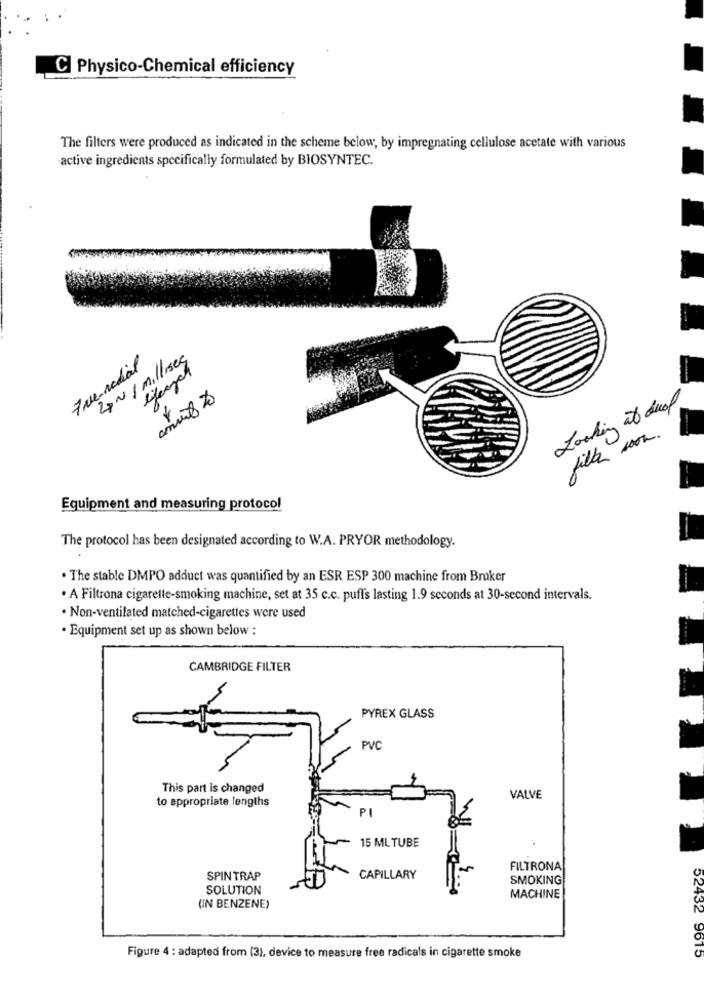
C Physico-Chemical efficiency
The filters were produced as indicated in the scheme below, by impregnating cellulose acetate with various
active ingredients specifically formulated by BIOSYNTEC.
7 rue-radial
4N1 millises
Looking at Suof.
fill son.
Equipment and measuring protocol
The protocol has been designated according to W.A. PRYOR methodology.
. The stable DMPO adduct was quantified by an ESR ESP 300 machine from Bruker
· A Filtrona cigarette-smoking machine, set at 35 c.c. puff's lasting 1.9 seconds at 30-second intervals.
· Non-ventilated matched-cigarettes were used
. Equipment set up as shown below :
CAMBRIDGE FILTER
PYREX GLASS
PVC
This part is changed
to appropriate lengths
VALVE
PI
15 ML TUBE
FILTRONA
SPIN TRAP
CAPILLARY
SMOKING
SOLUTION
MACHINE
(IN BENZENE)
Figure 4 : adapted from (3), device to measure free radicals in cigarette smoke
52432 9615